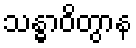
သန္ဓာဝိတွာန